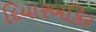
દિયારબકિર